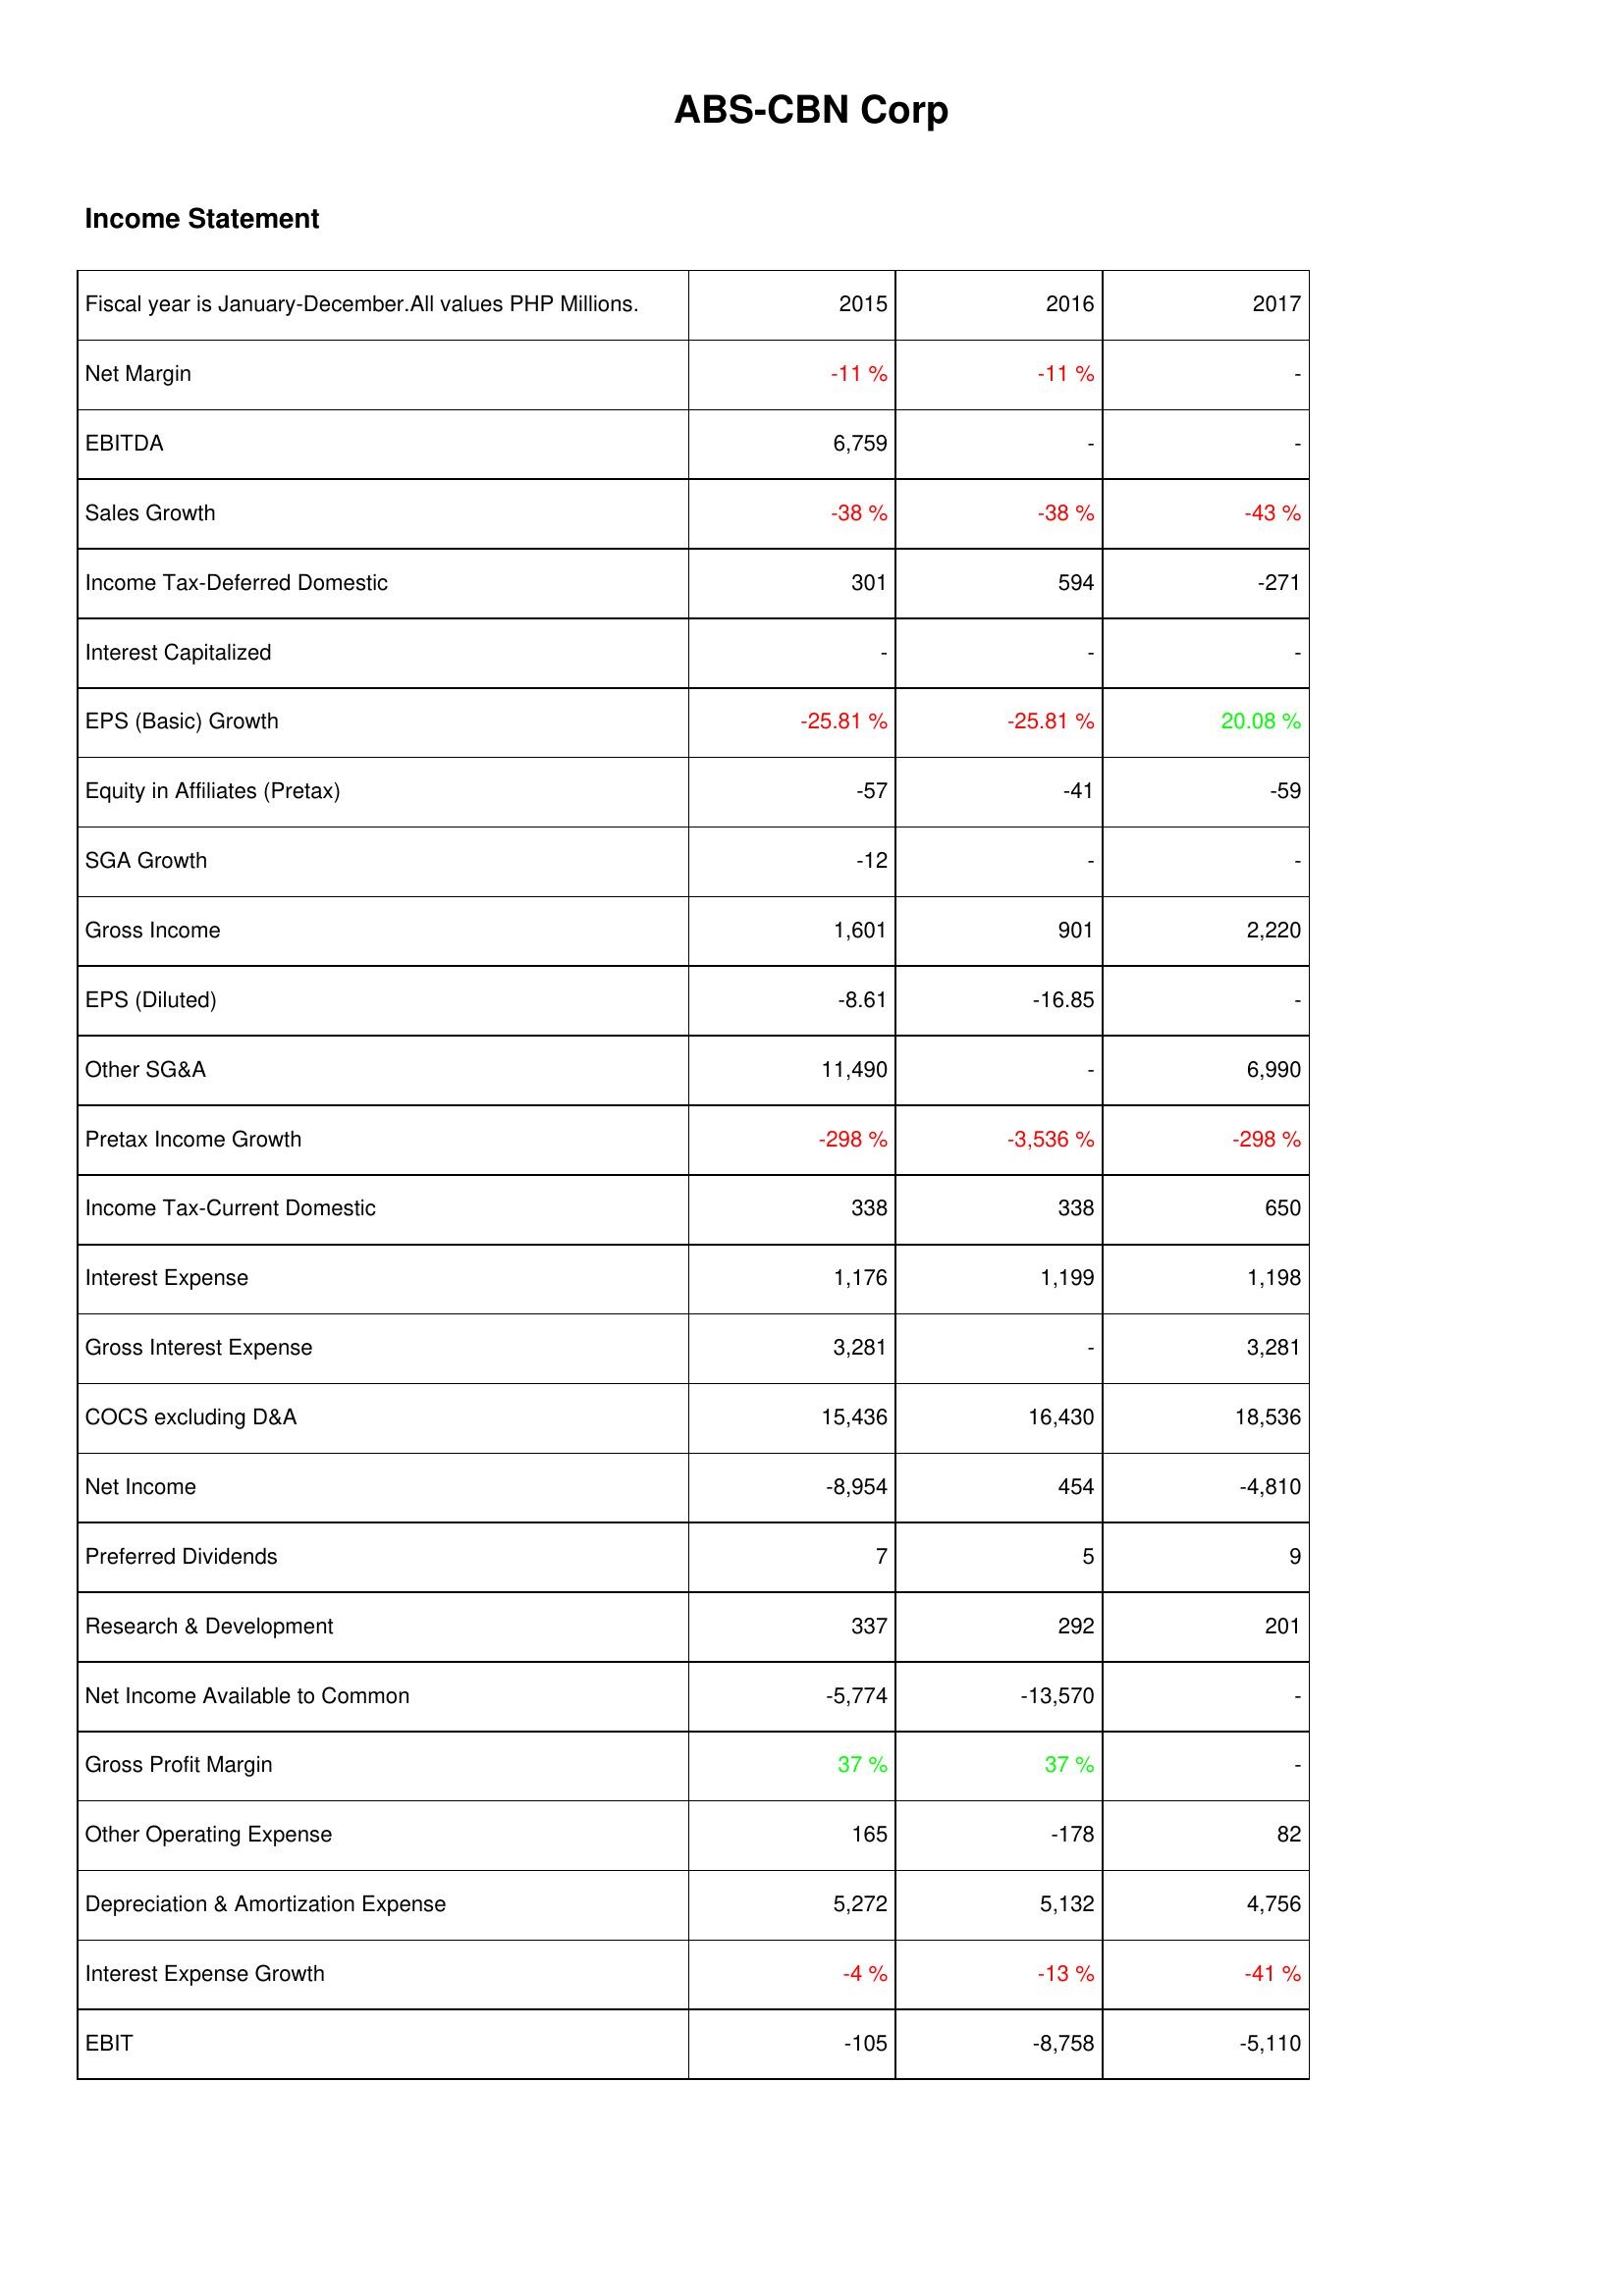
2015: Income Statement: Net Margin: -11 %
EBITDA: 6,759
Sales Growth: -38 %
Income Tax-Deferred Domestic: 301
Interest Capitalized: -
EPS (Basic) Growth: -25.81 %
Equity in Affiliates (Pretax): -57
SGA Growth: -12
Gross Income: 1,601
EPS (Diluted): -8.61
Other SG&A: 11,490
Pretax Income Growth: -298 %
Income Tax-Current Domestic: 338
Interest Expense: 1,176
Gross Interest Expense: 3,281
COCS excluding D&A: 15,436
Net Income: -8,954
Preferred Dividends: 7
Research & Development: 337
Net Income Available to Common: -5,774
Gross Profit Margin: 37 %
Other Operating Expense: 165
Depreciation & Amortization Expense: 5,272
Interest Expense Growth: -4 %
EBIT: -105
2016: Income Statement: Net Margin: -11 %
EBITDA: -
Sales Growth: -38 %
Income Tax-Deferred Domestic: 594
Interest Capitalized: -
EPS (Basic) Growth: -25.81 %
Equity in Affiliates (Pretax): -41
SGA Growth: -
Gross Income: 901
EPS (Diluted): -16.85
Other SG&A: -
Pretax Income Growth: -3,536 %
Income Tax-Current Domestic: 338
Interest Expense: 1,199
Gross Interest Expense: -
COCS excluding D&A: 16,430
Net Income: 454
Preferred Dividends: 5
Research & Development: 292
Net Income Available to Common: -13,570
Gross Profit Margin: 37 %
Other Operating Expense: -178
Depreciation & Amortization Expense: 5,132
Interest Expense Growth: -13 %
EBIT: -8,758
2017: Income Statement: Net Margin: -
EBITDA: -
Sales Growth: -43 %
Income Tax-Deferred Domestic: -271
Interest Capitalized: -
EPS (Basic) Growth: 20.08 %
Equity in Affiliates (Pretax): -59
SGA Growth: -
Gross Income: 2,220
EPS (Diluted): -
Other SG&A: 6,990
Pretax Income Growth: -298 %
Income Tax-Current Domestic: 650
Interest Expense: 1,198
Gross Interest Expense: 3,281
COCS excluding D&A: 18,536
Net Income: -4,810
Preferred Dividends: 9
Research & Development: 201
Net Income Available to Common: -
Gross Profit Margin: -
Other Operating Expense: 82
Depreciation & Amortization Expense: 4,756
Interest Expense Growth: -41 %
EBIT: -5,110